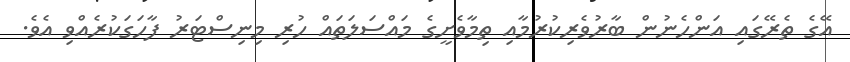
އޭގެ ތެރޭގައި އަންހެނުން ބާރުވެރިކުރުމާއި ތިމާވެށީގެ މައްސަލަތައް ހުރި މިނިސްޓަރު ފާހަގަކުރެއްވި އެވެ.